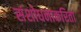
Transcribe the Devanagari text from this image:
संशोधनाकरिता